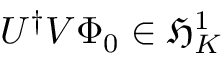
U ^ { \dag } V \Phi _ { 0 } \in \mathfrak { H } _ { K } ^ { 1 }